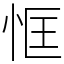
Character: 恇